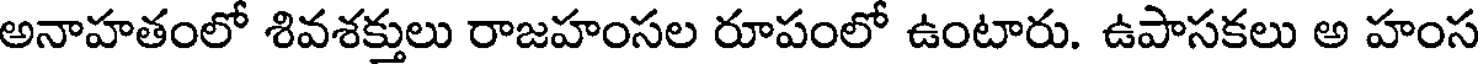
అనాహతంలో శివశక్తులు రాజహంసల రూపంలో ఉంటారు. ఉపాసకలు అ హంస